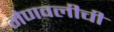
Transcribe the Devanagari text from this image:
मेणवलीची